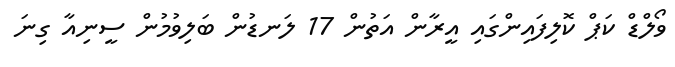
ވޯލްޑް ކަޕް ކޮލިފައިންގައި އީރާން އަތުން 17 ލަނޑުން ބަލިވުމުން ސީނިއާ ގިނަ